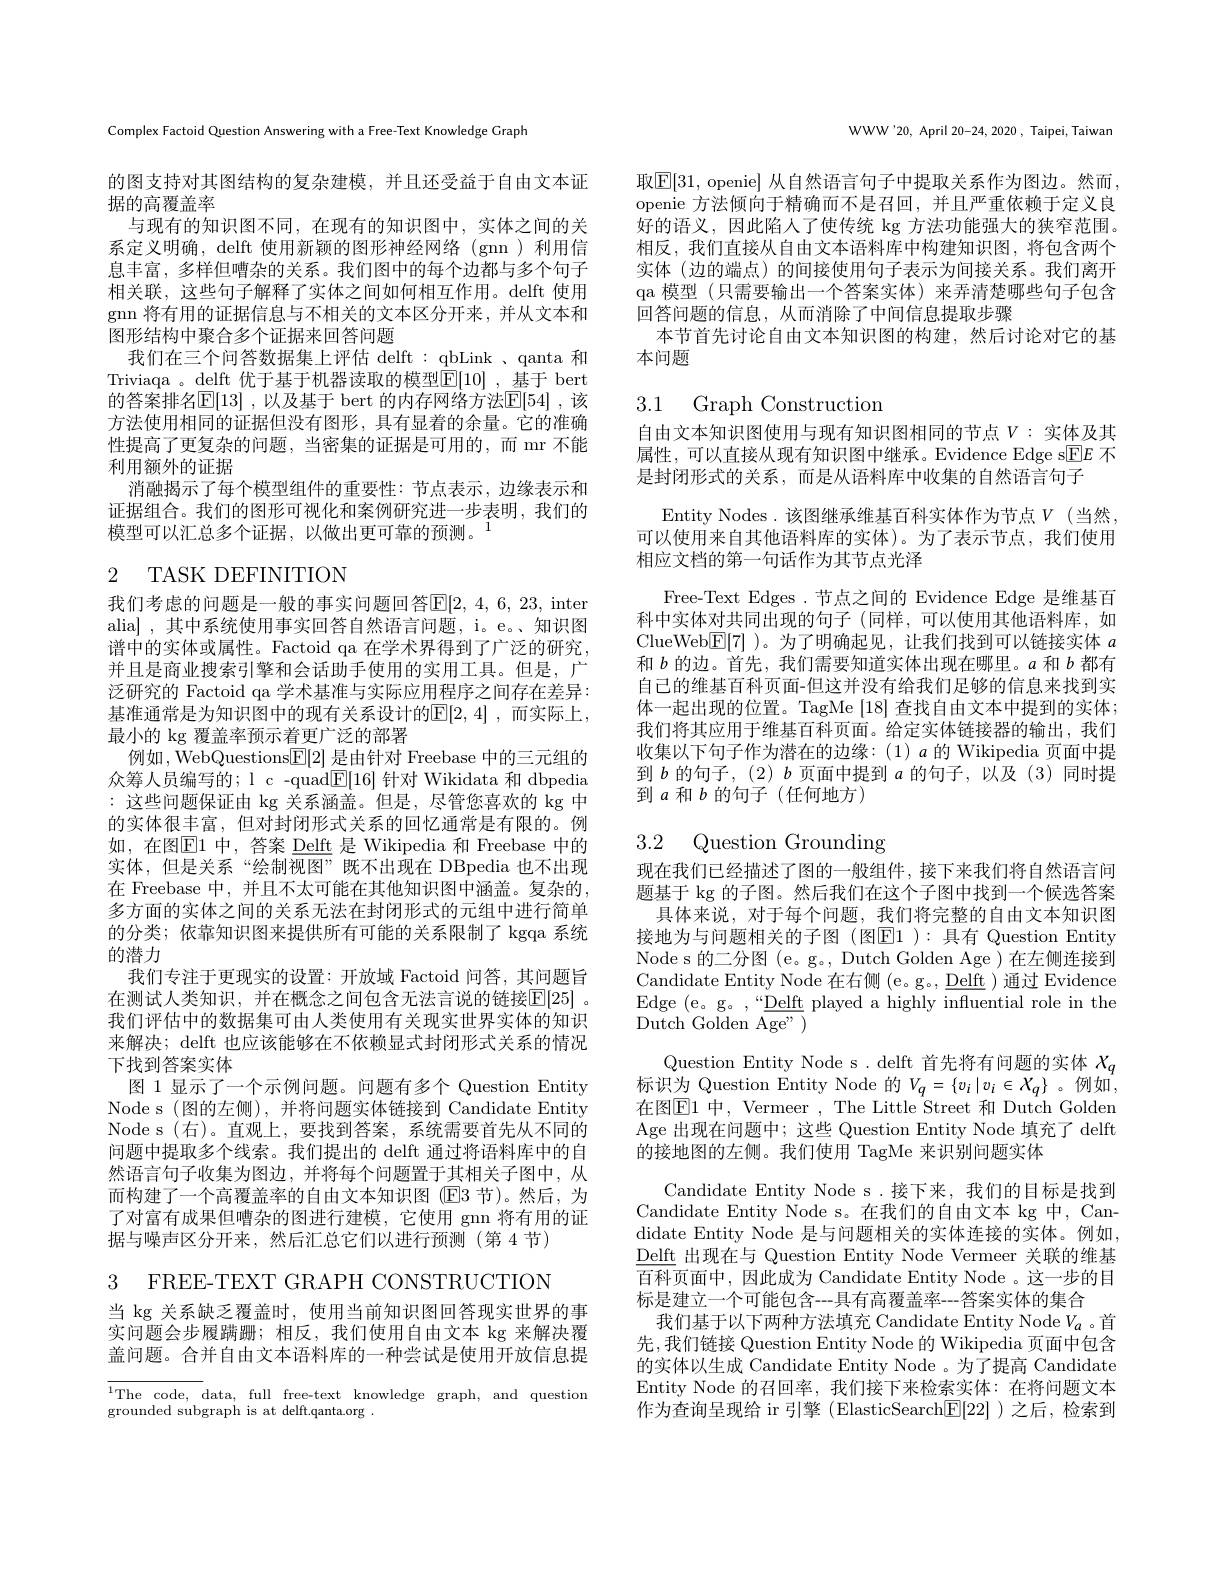
Complex Factoid Question Answering with a Free-Text Knowledge Graph

的图支持对其图结构的复杂建模，并且还受益于自由文本证
据的高覆盖率
与现有的知识图不同，在现有的知识图中，实体之间的关系定义明确，delft 使用新颖的图形神经网络(gnn)利用信息丰富，多样但嘈杂的关系。我们图中的每个边都与多个句子相关联，这些句子解释了实体之间如何相互作用。delft 使用gnn 将有用的证据信息与不相关的文本区分开来，并从文本和图形结构中聚合多个证据来回答问题
我们在三个问答数据集上评估 delft : qbLink 、qanta 和Triviaqa 。delft 优于基于机器读取的模型$\mathbb{E}[10]$ ,基于 bert 的答案排名$\mathbb{E}[13]$ ,以及基于 bert 的内存网络方法$\mathbb{E}[54]$ ,该方法使用相同的证据但没有图形，具有显着的余量。它的准确性提高了更复杂的问题，当密集的证据是可用的，而 mr 不能利用额外的证据
消融揭示了每个模型组件的重要性：节点表示，边缘表示和证据组合。我们的图形可视化和案例研究进一步表明，我们的模型可以汇总多个证据，以做出更可靠的预测。$^{\mathrm{i}}$

# 2 TASK DEFINITION

我们考虑的问题是一般的事实问题回答$\mathbb{E}[2,4,6,23$,inter alia] ,其中系统使用事实回答自然语言问题，i。e。、知识图谱中的实体或属性。Factoid qa 在学术界得到了广泛的研究， 并且是商业搜索引擎和会话助手使用的实用工具。但是，广泛研究的 Factoid qa 学术基准与实际应用程序之间存在差异： 基准通常是为知识图中的现有关系设计的$\mathbb{E}[2,4]$,而实际上， 最小的 kg 覆盖率预示着更广泛的部署
例如，WebQuestions$\boxed{\mathbb{E}}[2]$是由针对 Freebase 中的三元组的众筹人员编写的；l c -quad$\boxed{\mathrm{E}}[16]$针对 Wikidata 和 dbpedia :这些问题保证由 kg 关系涵盖。但是，尽管您喜欢的 kg 中的实体很丰富，但对封闭形式关系的回忆通常是有限的。例如，在图$\underline{\mathrm{E}}$1 中，答案 Delft 是 Wikipedia 和 Freebase 中的实体，但是关系“绘制视图”既不出现在 DBpedia 也不出现在 Freebase 中，并且不太可能在其他知识图中涵盖。复杂的， 多方面的实体之间的关系无法在封闭形式的元组中进行简单的分类；依靠知识图来提供所有可能的关系限制了 kgqa 系统的潜力
我们专注于更现实的设置：开放域 Factoid 问答，其问题旨在测试人类知识，并在概念之间包含无法言说的链接$\boxed{\mathrm{E}[25]}$ 。我们评估中的数据集可由人类使用有关现实世界实体的知识来解决；delft 也应该能够在不依赖显式封闭形式关系的情况下找到答案实体
图 1 显示了一个示例问题。问题有多个 Question Entity Node s (图的左侧),并将问题实体链接到 Candidate Entity Node s (右)。直观上，要找到答案，系统需要首先从不同的问题中提取多个线索。我们提出的 delft 通过将语料库中的自然语言句子收集为图边，并将每个问题置于其相关子图中，从而构建了一个高覆盖率的自由文本知识图(E3 节)。然后，为了对富有成果但嘈杂的图进行建模，它使用 gnn 将有用的证据与噪声区分开来，然后汇总它们以进行预测(第 4 节) 3 FREE-TEXT GRAPH CONSTRUCTION

当 kg 关系缺乏覆盖时，使用当前知识图回答现实世界的事实问题会步履蹒跚；相反，我们使用自由文本 kg 来解决覆盖问题。合并自由文本语料库的一种尝试是使用开放信息提

$^{1}$The code, data, full free-text knowledge graph, and question
grounded subgraph is at delft.qanta.org .

WWW'20, April 20-24, 2020 , Taipei, Taiwan

取$\boxed{\mathbb{E}}[31$, openie] 从自然语言句子中提取关系作为图边。然而， openie 方法倾向于精确而不是召回，并且严重依赖于定义良好的语义，因此陷人了使传统 kg 方法功能强大的狭窄范围。相反，我们直接从自由文本语料库中构建知识图，将包含两个实体 (边的端点) 的间接使用句子表示为间接关系。我们离开qa 模型 (只需要输出一个答案实体)来弄清楚哪些句子包含回答问题的信息，从而消除了中间信息提取步骤
本节首先讨论自由文本知识图的构建，然后讨论对它的基
本问题

3.1 Graph Construction

自由文本知识图使用与现有知识图相同的节点$V:$实体及其属性，可以直接从现有知识图中继承。Evidence Edge s$\boxed{\mathrm{E}}E$不是封闭形式的关系，而是从语料库中收集的自然语言句子
Entity Nodes.该图继承维基百科实体作为节点$V$(当然可以使用来自其他语料库的实体)。为了表示节点，我们使用相应文档的第一句话作为其节点光泽
Free-Text Edges .节点之间的 Evidence Edge 是维基百科中实体对共同出现的句子 (同样，可以使用其他语料库，如ClueWeb$\boxed{\mathrm{E}}[7]$ )。为了明确起见，让我们找到可以链接实体$a$ 和$b$的边。首先，我们需要知道实体出现在哪里。$a$和$b$都有自己的维基百科页面-但这并没有给我们足够的信息来找到实体一起出现的位置。TagMe [18]查找自由文本中提到的实体； 我们将其应用于维基百科页面。给定实体链接器的输出，我们收集以下句子作为潜在的边缘：(1)$a$的 Wikipedia 页面中提到$b$的句子，(2) $b$页面中提到$a$的句子，以及 (3)同时提到$a$和$b$的句子(任何地方)

# 3.2 Question Grounding

现在我们已经描述了图的一般组件，接下来我们将自然语言问题基于 kg 的子图。然后我们在这个子图中找到一个候选答案
具体来说，对于每个问题，我们将完整的自由文本知识图接地为与问题相关的子图(图$\overline{\mathrm{E}}1$ ):具有 Question Entity Node s 的二分图 (e。g。, Dutch Golden Age)在左侧连接到Candidate Entity Node 在右侧 (e。g。, Delft ) 通过 Evidence Edge (e。g。,“Delft played a highly influential role in the $\bar{\mathrm{Dutch~Golden~Age"~}})$

Question Entity Node s. delft 首先将有问题的实体$\chi_q$ 标识为 Question Entity Node 的 $V_q=\{v_i\mid v_i\in X_q\}$ 。例如， 在图$\overline{\mathrm{E}}1$ 中，Vermeer , The Little Street 和 Dutch Golden Age 出现在问题中；这些 Question Entity Node 填充了 delft 的接地图的左侧。我们使用 TagMe 来识别问题实体
Candidate Entity Node s.接下来，我们的目标是找到Candidate Entity Node s。在我们的自由文本 kg 中，Candidate Entity Node 是与问题相关的实体连接的实体。例如， $\underline{\mathrm{Delft}}$出现在与 Question Entity Node Vermeer 关联的维基百科页面中，因此成为 Candidate Entity Node 。这一步的目标是建立一个可能包含---具有高覆盖率---答案实体的集合
我们基于以下两种方法填充 Candidate Entity Node $V_{a}$ 。首先，我们链接 Question Entity Node 的 Wikipedia 页面中包含的实体以生成 Candidate Entity Node 。为了提高 Candidate Entity Node 的召回率，我们接下来检索实体：在将问题文本作为查询呈现给 ir 引擎 (ElasticSearch$\boxed{\mathrm{F}}[22]$ )之后，检索到